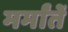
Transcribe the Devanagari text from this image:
मर्मांतें